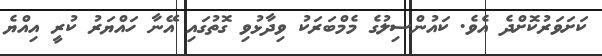
ކަށަވަރުކޮށްދެ އެވެ. ކައުންސިލުގެ މެމްބަރަކު ވިދާޅުވި ގޮތުގައި އޭނާ ހައްޔަރު ކުރީ އިއްޔެ